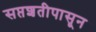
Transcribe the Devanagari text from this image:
सप्तशतीपासून